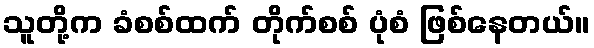
သူတို့က ခံစစ်ထက် တိုက်စစ် ပုံစံ ဖြစ်နေတယ်။